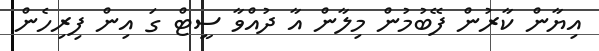
އިޔާން ކާރުން ފޭބުމުން މިލާން އާ ދުއްވާ ސީޓް ގަ އިން ފިރިހެން